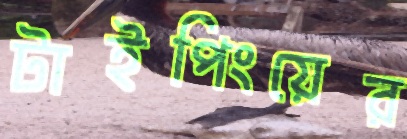
টাইপিংয়ের